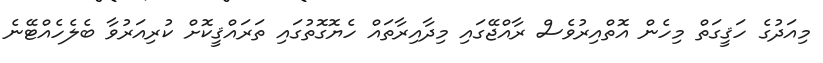
މިއަދުގެ ހަޤީގަތް މިހެން އޮތްއިރުވެސް ރާއްޖޭގައި މިދާއިރާތައް ހެޔޮގޮތުގައި ތަރައްޤީކޮށް ކުރިއަރުވާ ބެލެހެއްޓޭނެ